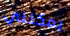
يمكنني